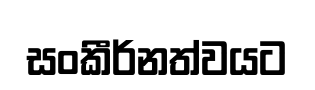
සංකීර්නත්වයට